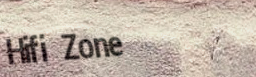
Hifi Zone